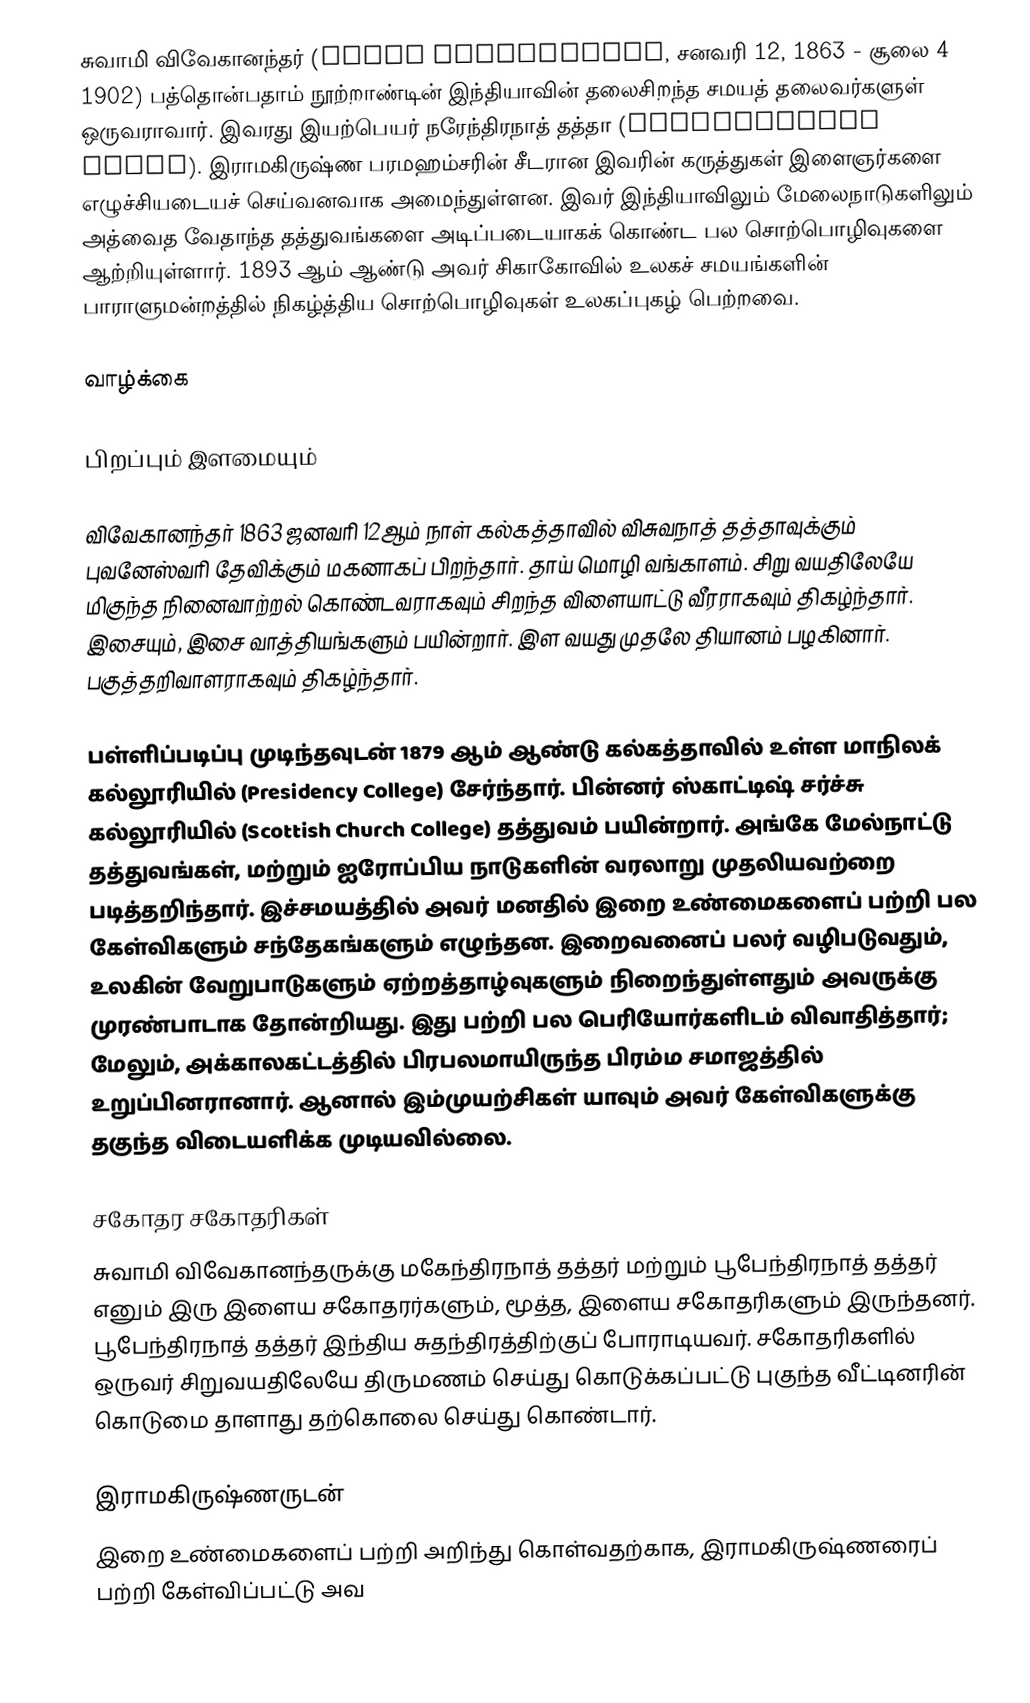
சுவாமி விவேகானந்தர் (Swami Vivekananda, சனவரி 12, 1863 - சூலை 4 1902) பத்தொன்பதாம் நூற்றாண்டின் இந்தியாவின் தலைசிறந்த சமயத் தலைவர்களுள் ஒருவராவார். இவரது இயற்பெயர் நரேந்திரநாத் தத்தா (Narendranath Dutta). இராமகிருஷ்ண பரமஹம்சரின் சீடரான இவரின் கருத்துகள் இளைஞர்களை எழுச்சியடையச் செய்வனவாக அமைந்துள்ளன. இவர் இந்தியாவிலும் மேலைநாடுகளிலும் அத்வைத வேதாந்த தத்துவங்களை அடிப்படையாகக் கொண்ட பல சொற்பொழிவுகளை ஆற்றியுள்ளார். 1893 ஆம் ஆண்டு அவர் சிகாகோவில் உலகச் சமயங்களின் பாராளுமன்றத்தில் நிகழ்த்திய சொற்பொழிவுகள் உலகப்புகழ் பெற்றவை.

வாழ்க்கை

பிறப்பும் இளமையும்

விவேகானந்தர் 1863 ஜனவரி 12ஆம் நாள் கல்கத்தாவில் விசுவநாத் தத்தாவுக்கும் புவனேஸ்வரி தேவிக்கும் மகனாகப் பிறந்தார். தாய் மொழி வங்காளம். சிறு வயதிலேயே மிகுந்த நினைவாற்றல் கொண்டவராகவும் சிறந்த விளையாட்டு வீரராகவும் திகழ்ந்தார். இசையும், இசை வாத்தியங்களும் பயின்றார். இள வயது முதலே தியானம் பழகினார். பகுத்தறிவாளராகவும் திகழ்ந்தார்.

பள்ளிப்படிப்பு முடிந்தவுடன் 1879 ஆம் ஆண்டு கல்கத்தாவில் உள்ள மாநிலக் கல்லூரியில் (Presidency College) சேர்ந்தார். பின்னர் ஸ்காட்டிஷ் சர்ச்சு கல்லூரியில் (Scottish Church College) தத்துவம் பயின்றார். அங்கே மேல்நாட்டு தத்துவங்கள், மற்றும் ஐரோப்பிய நாடுகளின் வரலாறு முதலியவற்றை படித்தறிந்தார். இச்சமயத்தில் அவர் மனதில் இறை உண்மைகளைப் பற்றி பல கேள்விகளும் சந்தேகங்களும் எழுந்தன. இறைவனைப் பலர் வழிபடுவதும், உலகின் வேறுபாடுகளும் ஏற்றத்தாழ்வுகளும் நிறைந்துள்ளதும் அவருக்கு முரண்பாடாக தோன்றியது. இது பற்றி பல பெரியோர்களிடம் விவாதித்தார்; மேலும், அக்காலகட்டத்தில் பிரபலமாயிருந்த பிரம்ம சமாஜத்தில் உறுப்பினரானார். ஆனால் இம்முயற்சிகள் யாவும் அவர் கேள்விகளுக்கு தகுந்த விடையளிக்க முடியவில்லை.

சகோதர சகோதரிகள்
 சுவாமி விவேகானந்தருக்கு மகேந்திரநாத் தத்தர் மற்றும் பூபேந்திரநாத் தத்தர் எனும் இரு இளைய சகோதரர்களும், மூத்த, இளைய சகோதரிகளும் இருந்தனர். பூபேந்திரநாத் தத்தர் இந்திய சுதந்திரத்திற்குப் போராடியவர். சகோதரிகளில் ஒருவர் சிறுவயதிலேயே திருமணம் செய்து கொடுக்கப்பட்டு புகுந்த வீட்டினரின் கொடுமை தாளாது தற்கொலை செய்து கொண்டார்.

இராமகிருஷ்ணருடன்
இறை உண்மைகளைப் பற்றி அறிந்து கொள்வதற்காக, இராமகிருஷ்ணரைப் பற்றி கேள்விப்பட்டு அவ